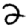
Digit: 2